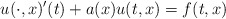
\begin{align*}u(\cdot,x)'(t)+a(x)u(t,x)=f(t,x)\end{align*}